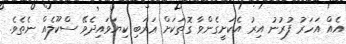
އެއް އަހަރު ފުރުނު އިރު އެކަށީގެންވާ ގޮތަކަށް ޢަރަބި ކިޔަވައިދެވޭ ސްކޫލެއް ނެތެވެ.